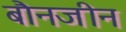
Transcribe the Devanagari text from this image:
बौनजीन